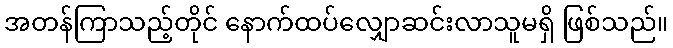
အတန်ကြာသည့်တိုင် နောက်ထပ်လျှောဆင်းလာသူမရှိ ဖြစ်သည်။